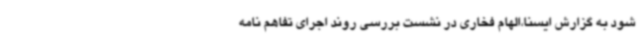
شود به گزارش ایسنا،الهام فخاری در نشست بررسی روند اجرای تفاهم نامه